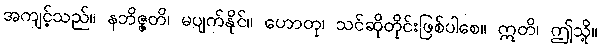
အကျင့်သည်။ နဘိဇ္ဇတိ၊ မပျက်နိုင်။ ဟောတု၊ သင်ဆိုတိုင်းဖြစ်ပါစေ။ ဣတိ၊ ဤသို့။